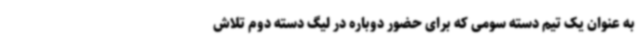
به عنوان یک تیم دسته سومی که برای حضور دوباره در لیگ دسته دوم تلاش